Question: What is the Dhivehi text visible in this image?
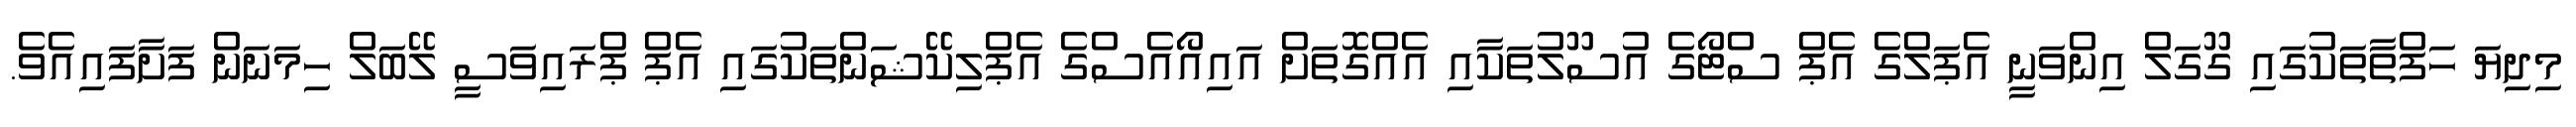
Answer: މިދިޔަ ހަފްތާތަކުގައި ގޫގަލް އިންވަނީ އެޕަލްގެ އެޕް ސްޓޯގެ އުސޫލުތަކާއި އެއްގޮތަށް އައިއޯއެސްގެ އެޕްލިކޭޝަންތަކުގައި އެޕް ޕްރައިވަސީ ލޭބަލް ހިމަނަން ފަށާފައިއެވެ.